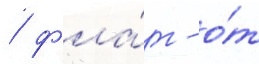
/ фла́г - о́т